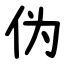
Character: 伪